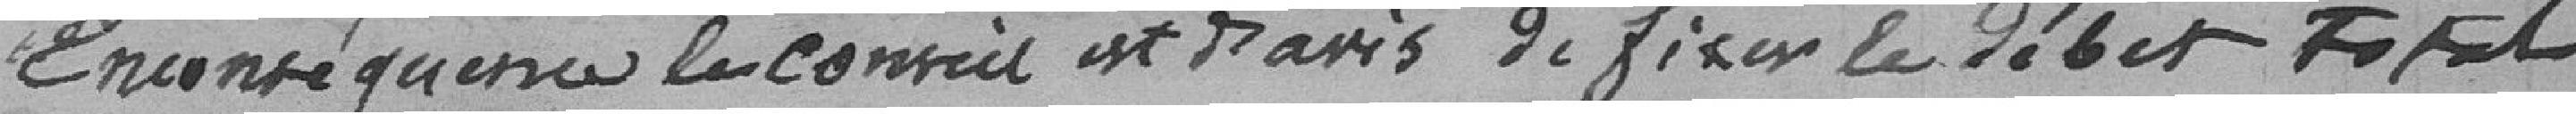
En conséquence le conseil est d'avis de fixer le débit total